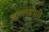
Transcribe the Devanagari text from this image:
उल्लासभरी